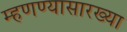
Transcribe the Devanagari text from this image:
म्हणण्यासारख्या